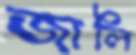
জালি